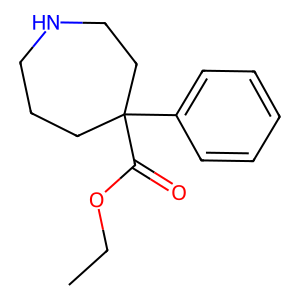
SMILES: CCOC(=O)C1(c2ccccc2)CCCNCC1
Inhibits HIV replication: No